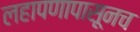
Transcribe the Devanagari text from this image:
लहापणापासूनच